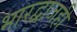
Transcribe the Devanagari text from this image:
भारद्वाजही